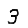
Digit: 3